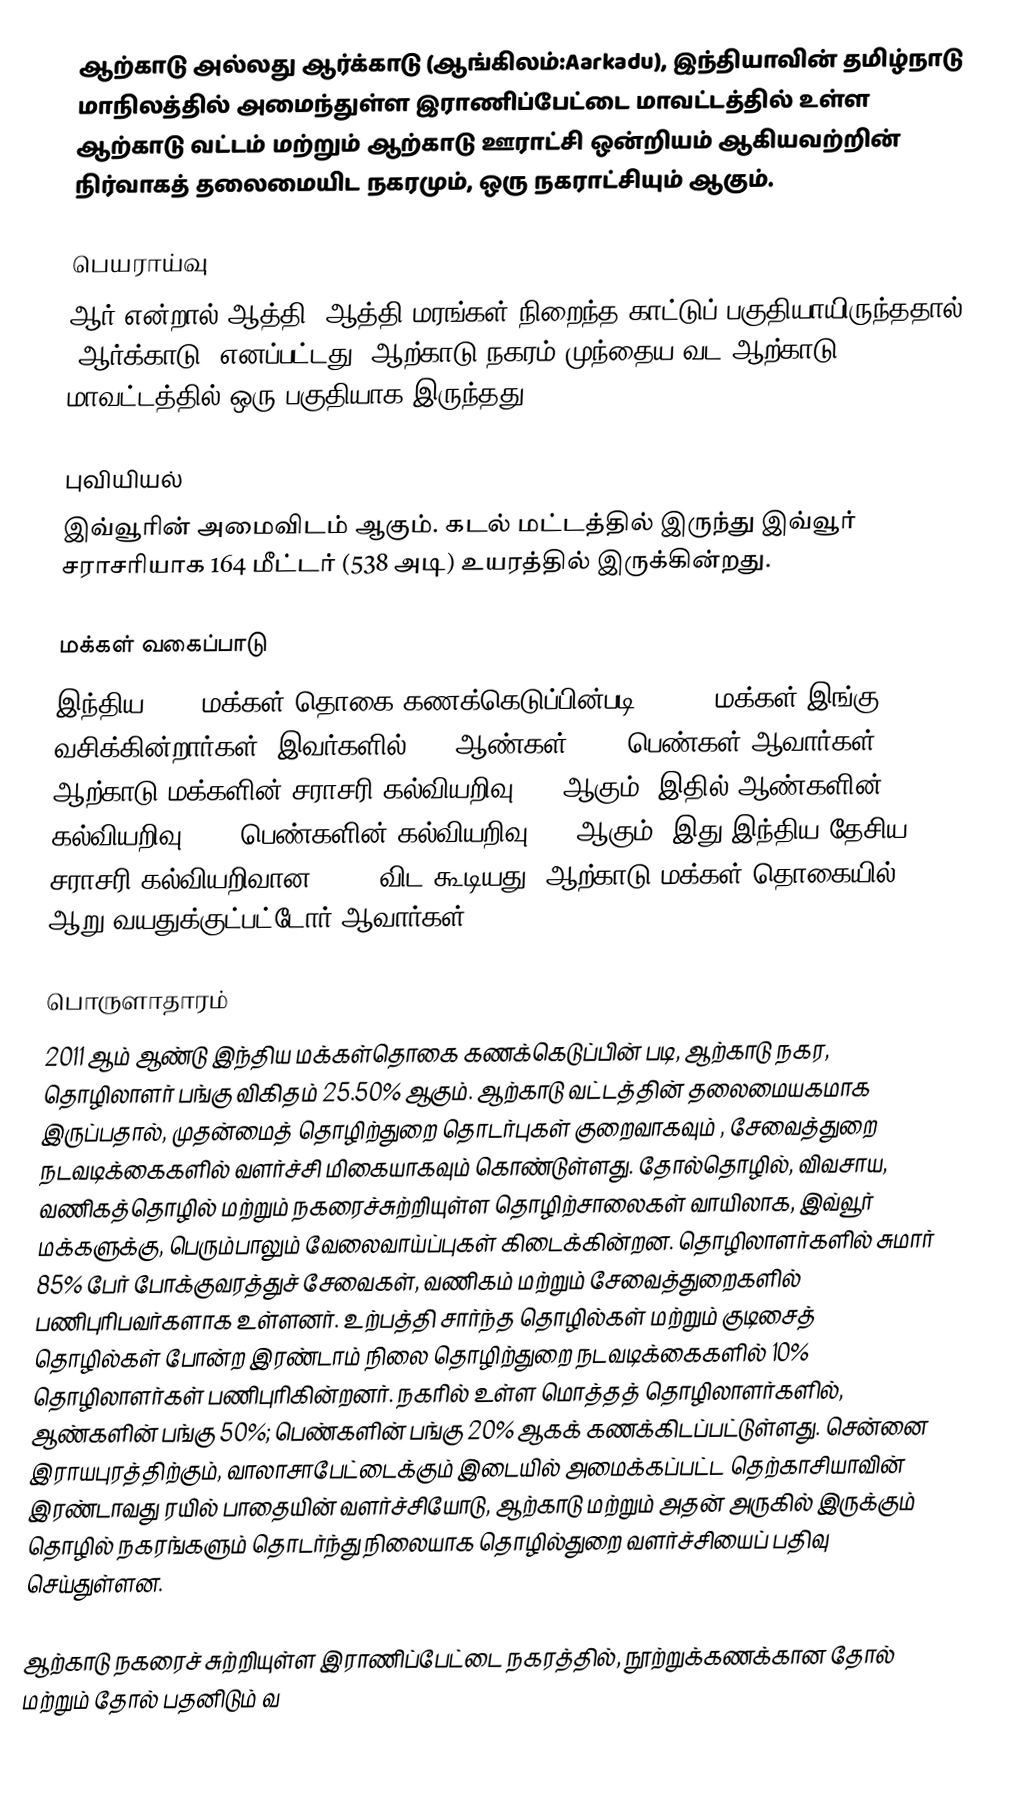
ஆற்காடு அல்லது ஆர்க்காடு (ஆங்கிலம்:Aarkadu), இந்தியாவின் தமிழ்நாடு மாநிலத்தில் அமைந்துள்ள இராணிப்பேட்டை மாவட்டத்தில்   உள்ள ஆற்காடு வட்டம் மற்றும் ஆற்காடு ஊராட்சி ஒன்றியம் ஆகியவற்றின் நிர்வாகத் தலைமையிட நகரமும், ஒரு நகராட்சியும் ஆகும்.

பெயராய்வு
ஆர் என்றால் ஆத்தி, ஆத்தி மரங்கள் நிறைந்த காட்டுப் பகுதியாயிருந்ததால் ‘ஆர்க்காடு’ எனப்பட்டது. ஆற்காடு நகரம் முந்தைய வட ஆற்காடு மாவட்டத்தில் ஒரு பகுதியாக இருந்தது.

புவியியல்
இவ்வூரின் அமைவிடம்  ஆகும். கடல் மட்டத்தில் இருந்து இவ்வூர் சராசரியாக 164 மீட்டர் (538 அடி) உயரத்தில் இருக்கின்றது.

மக்கள் வகைப்பாடு
இந்திய 2011 மக்கள் தொகை கணக்கெடுப்பின்படி 70,000 மக்கள் இங்கு வசிக்கின்றார்கள். இவர்களில் 49% ஆண்கள், 51% பெண்கள் ஆவார்கள். ஆற்காடு மக்களின் சராசரி கல்வியறிவு 75% ஆகும்,  இதில் ஆண்களின் கல்வியறிவு 80%,  பெண்களின் கல்வியறிவு 75% ஆகும். இது இந்திய தேசிய சராசரி கல்வியறிவான 59.5% விட கூடியது. ஆற்காடு மக்கள் தொகையில் 15% ஆறு வயதுக்குட்பட்டோர் ஆவார்கள்.

பொருளாதாரம்
2011 ஆம் ஆண்டு இந்திய மக்கள்தொகை கணக்கெடுப்பின் படி, ஆற்காடு நகர, தொழிலாளர் பங்கு விகிதம் 25.50% ஆகும். ஆற்காடு வட்டத்தின் தலைமையகமாக இருப்பதால், முதன்மைத் தொழிற்துறை தொடர்புகள் குறைவாகவும் , சேவைத்துறை நடவடிக்கைகளில் வளர்ச்சி மிகையாகவும் கொண்டுள்ளது. தோல்தொழில், விவசாய, வணிகத்தொழில் மற்றும் நகரைச்சுற்றியுள்ள தொழிற்சாலைகள் வாயிலாக, இவ்வூர் மக்களுக்கு, பெரும்பாலும் வேலைவாய்ப்புகள் கிடைக்கின்றன. தொழிலாளர்களில் சுமார் 85% பேர் போக்குவரத்துச் சேவைகள், வணிகம் மற்றும் சேவைத்துறைகளில் பணிபுரிபவர்களாக உள்ளனர். உற்பத்தி சார்ந்த தொழில்கள் மற்றும் குடிசைத் தொழில்கள் போன்ற இரண்டாம் நிலை தொழிற்துறை நடவடிக்கைகளில் 10% தொழிலாளர்கள் பணிபுரிகின்றனர். நகரில் உள்ள மொத்தத் தொழிலாளர்களில், ஆண்களின் பங்கு 50%; பெண்களின் பங்கு 20% ஆகக் கணக்கிடப்பட்டுள்ளது. சென்னை இராயபுரத்திற்கும், வாலாசாபேட்டைக்கும் இடையில் அமைக்கப்பட்ட தெற்காசியாவின் இரண்டாவது ரயில் பாதையின் வளர்ச்சியோடு, ஆற்காடு  மற்றும் அதன் அருகில் இருக்கும் தொழில் நகரங்களும் தொடர்ந்து நிலையாக தொழில்துறை வளர்ச்சியைப் பதிவு செய்துள்ளன.

ஆற்காடு நகரைச் சுற்றியுள்ள இராணிப்பேட்டை நகரத்தில், நூற்றுக்கணக்கான தோல் மற்றும் தோல் பதனிடும் வ